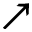
\nearrow